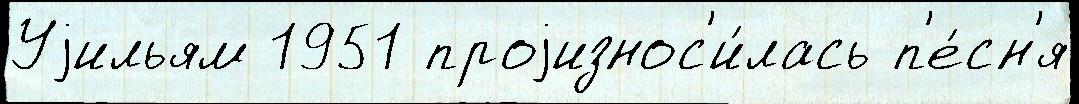
Уjильям 1951 проjизнос'и́лась п'е́сн'я